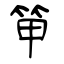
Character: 笚